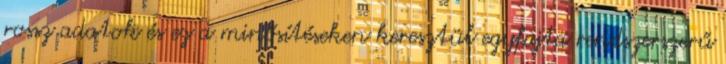
rossz adatok és ez a minősítéseken keresztül egyfajta rendszerszerű